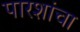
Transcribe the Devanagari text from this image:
पारशांचा